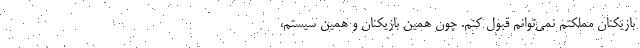
بازیکنان مملکتم نمی‌توانم قبول کنم. چون همین بازیکنان و همین سیستم،